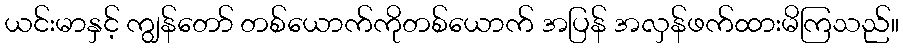
ယင်းမာနှင့် ကျွန်တော် တစ်ယောက်ကိုတစ်ယောက် အပြန် အလှန်ဖက်ထားမိကြသည်။